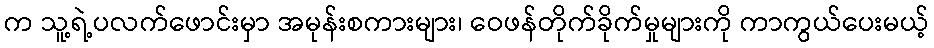
က သူ့ရဲ့ပလက်ဖောင်းမှာ အမုန်းစကားများ၊ ဝေဖန်တိုက်ခိုက်မှုများကို ကာကွယ်ပေးမယ့်